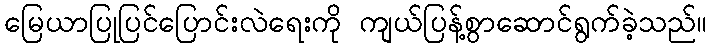
မြေယာပြုပြင်ပြောင်းလဲရေးကို ကျယ်ပြန့်စွာဆောင်ရွက်ခဲ့သည်။